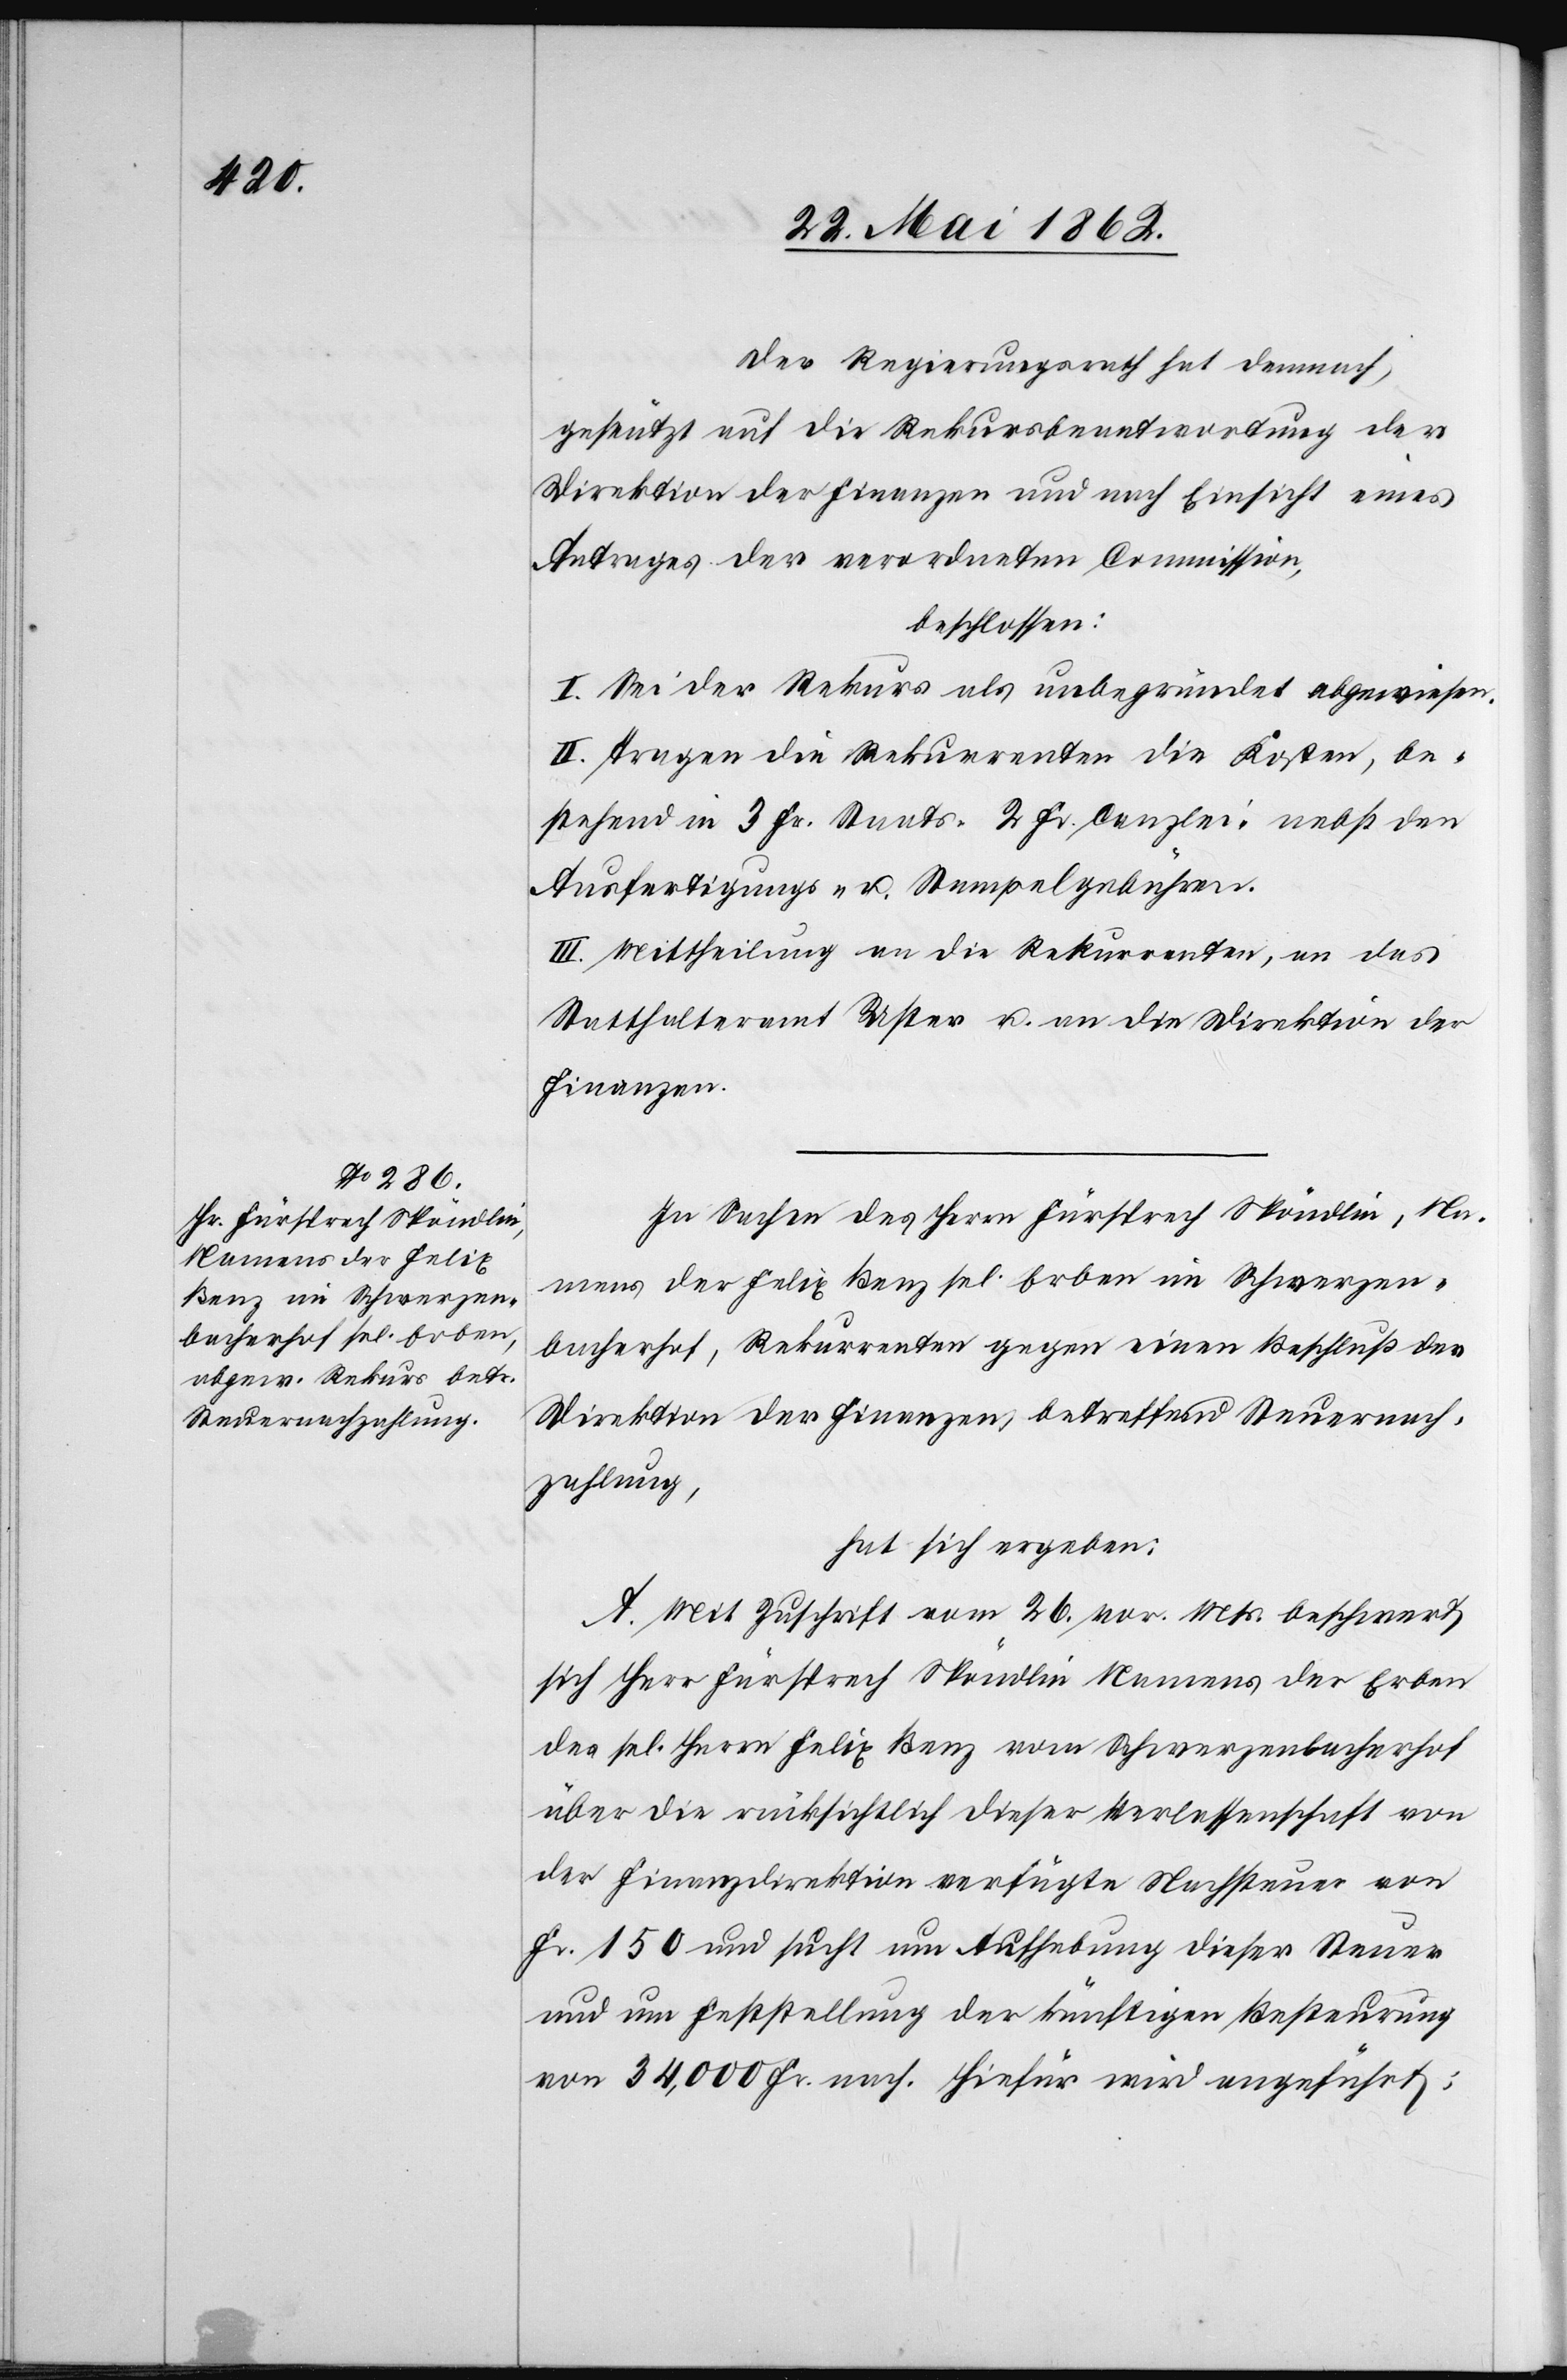
Der Regierungsrath hat demnach,
gestützt auf die Rekursbeantwortung der
Direktion der Finanzen und nach Einsicht eines
Antrages der verordneten Commission,
beschlossen:
I. Sei der Rekurs als unbegründet abgewiesen.
II. Tragen die Rekurrenten die Kosten, be¬
stehend in 3 Fr. Staats- 2 Fr. Canzlei- nebst den
Ausfertigungs- u. Stempelgebühren.
III. Mittheilung an die Rekurrenten, an das
Statthalteramt Uster u. an die Direktion der
Finanzen.
In Sachen des Herrn Fürsprech Spöndlin, Na¬
mens der Felix Benz sel. Erben im Schwerzen¬
bacherhof, Rekurrenten gegen einen Beschluß der
Direktion der Finanzen, betreffend Steuernach¬
zahlung,
hat sich ergeben:
A. Mit Zuschrift vom 16. vor. Mts. beschwert
sich Herr Fürsprech Spöndlin Namens der Erben
des sel. Herrn Felix Benz vom Schwerzenbacherhof
über die rücksichtlich dieser Verlassenschaft von
der Finanzdirektion verfügte Nachsteuer von
Fr. 150 und sucht um Aufhebung dieser Steuer
und um Feststellung der künftigen Besteurung
von 34,000 Fr. nach. Hiefür wird angeführt: